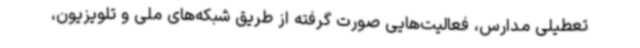
تعطیلی مدارس، فعالیت‌هایی صورت گرفته از طریق شبکه‌های ملی و تلویزیون،